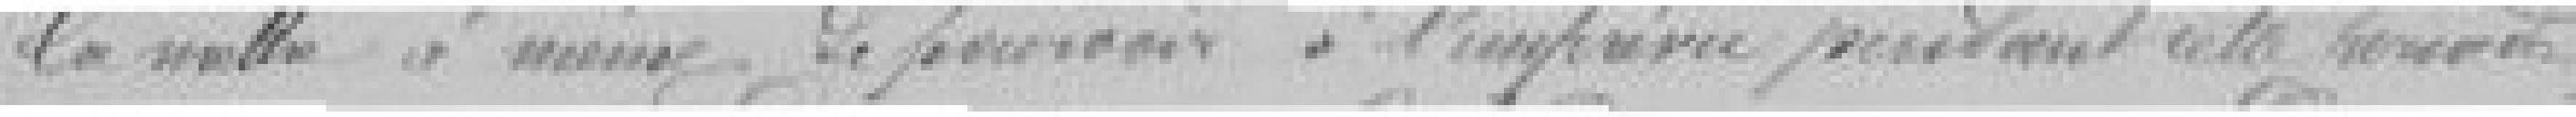
la somme à même de pouvoir à l'imprévu, pendant cette ???